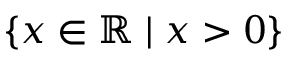
\{ x \in \mathbb { R } \mid x > 0 \}